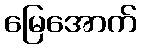
မြေအောက်